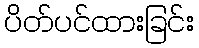
ပိတ်ပင်ထားခြင်း